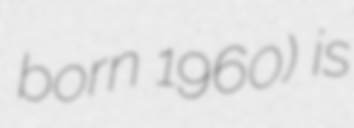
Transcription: born 1960) is